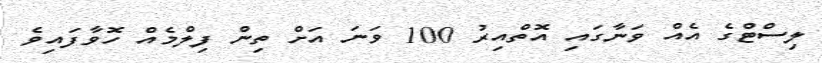
ލިސްޓްގެ އެއް ވަނާގައި އޮތްއިރު 100 ވަނަ އަށް ތިން ފިލްމެއް ހޮވާފައިވެ